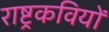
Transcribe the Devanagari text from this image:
राष्ट्रकवियों